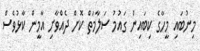
މިނުބައި މީހާގެ ކިބައިން ގައުމު ސަލާމަތް ކޮށް ދެއްވާށި އާމީން ކާޅުވެސް